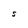
Character: S